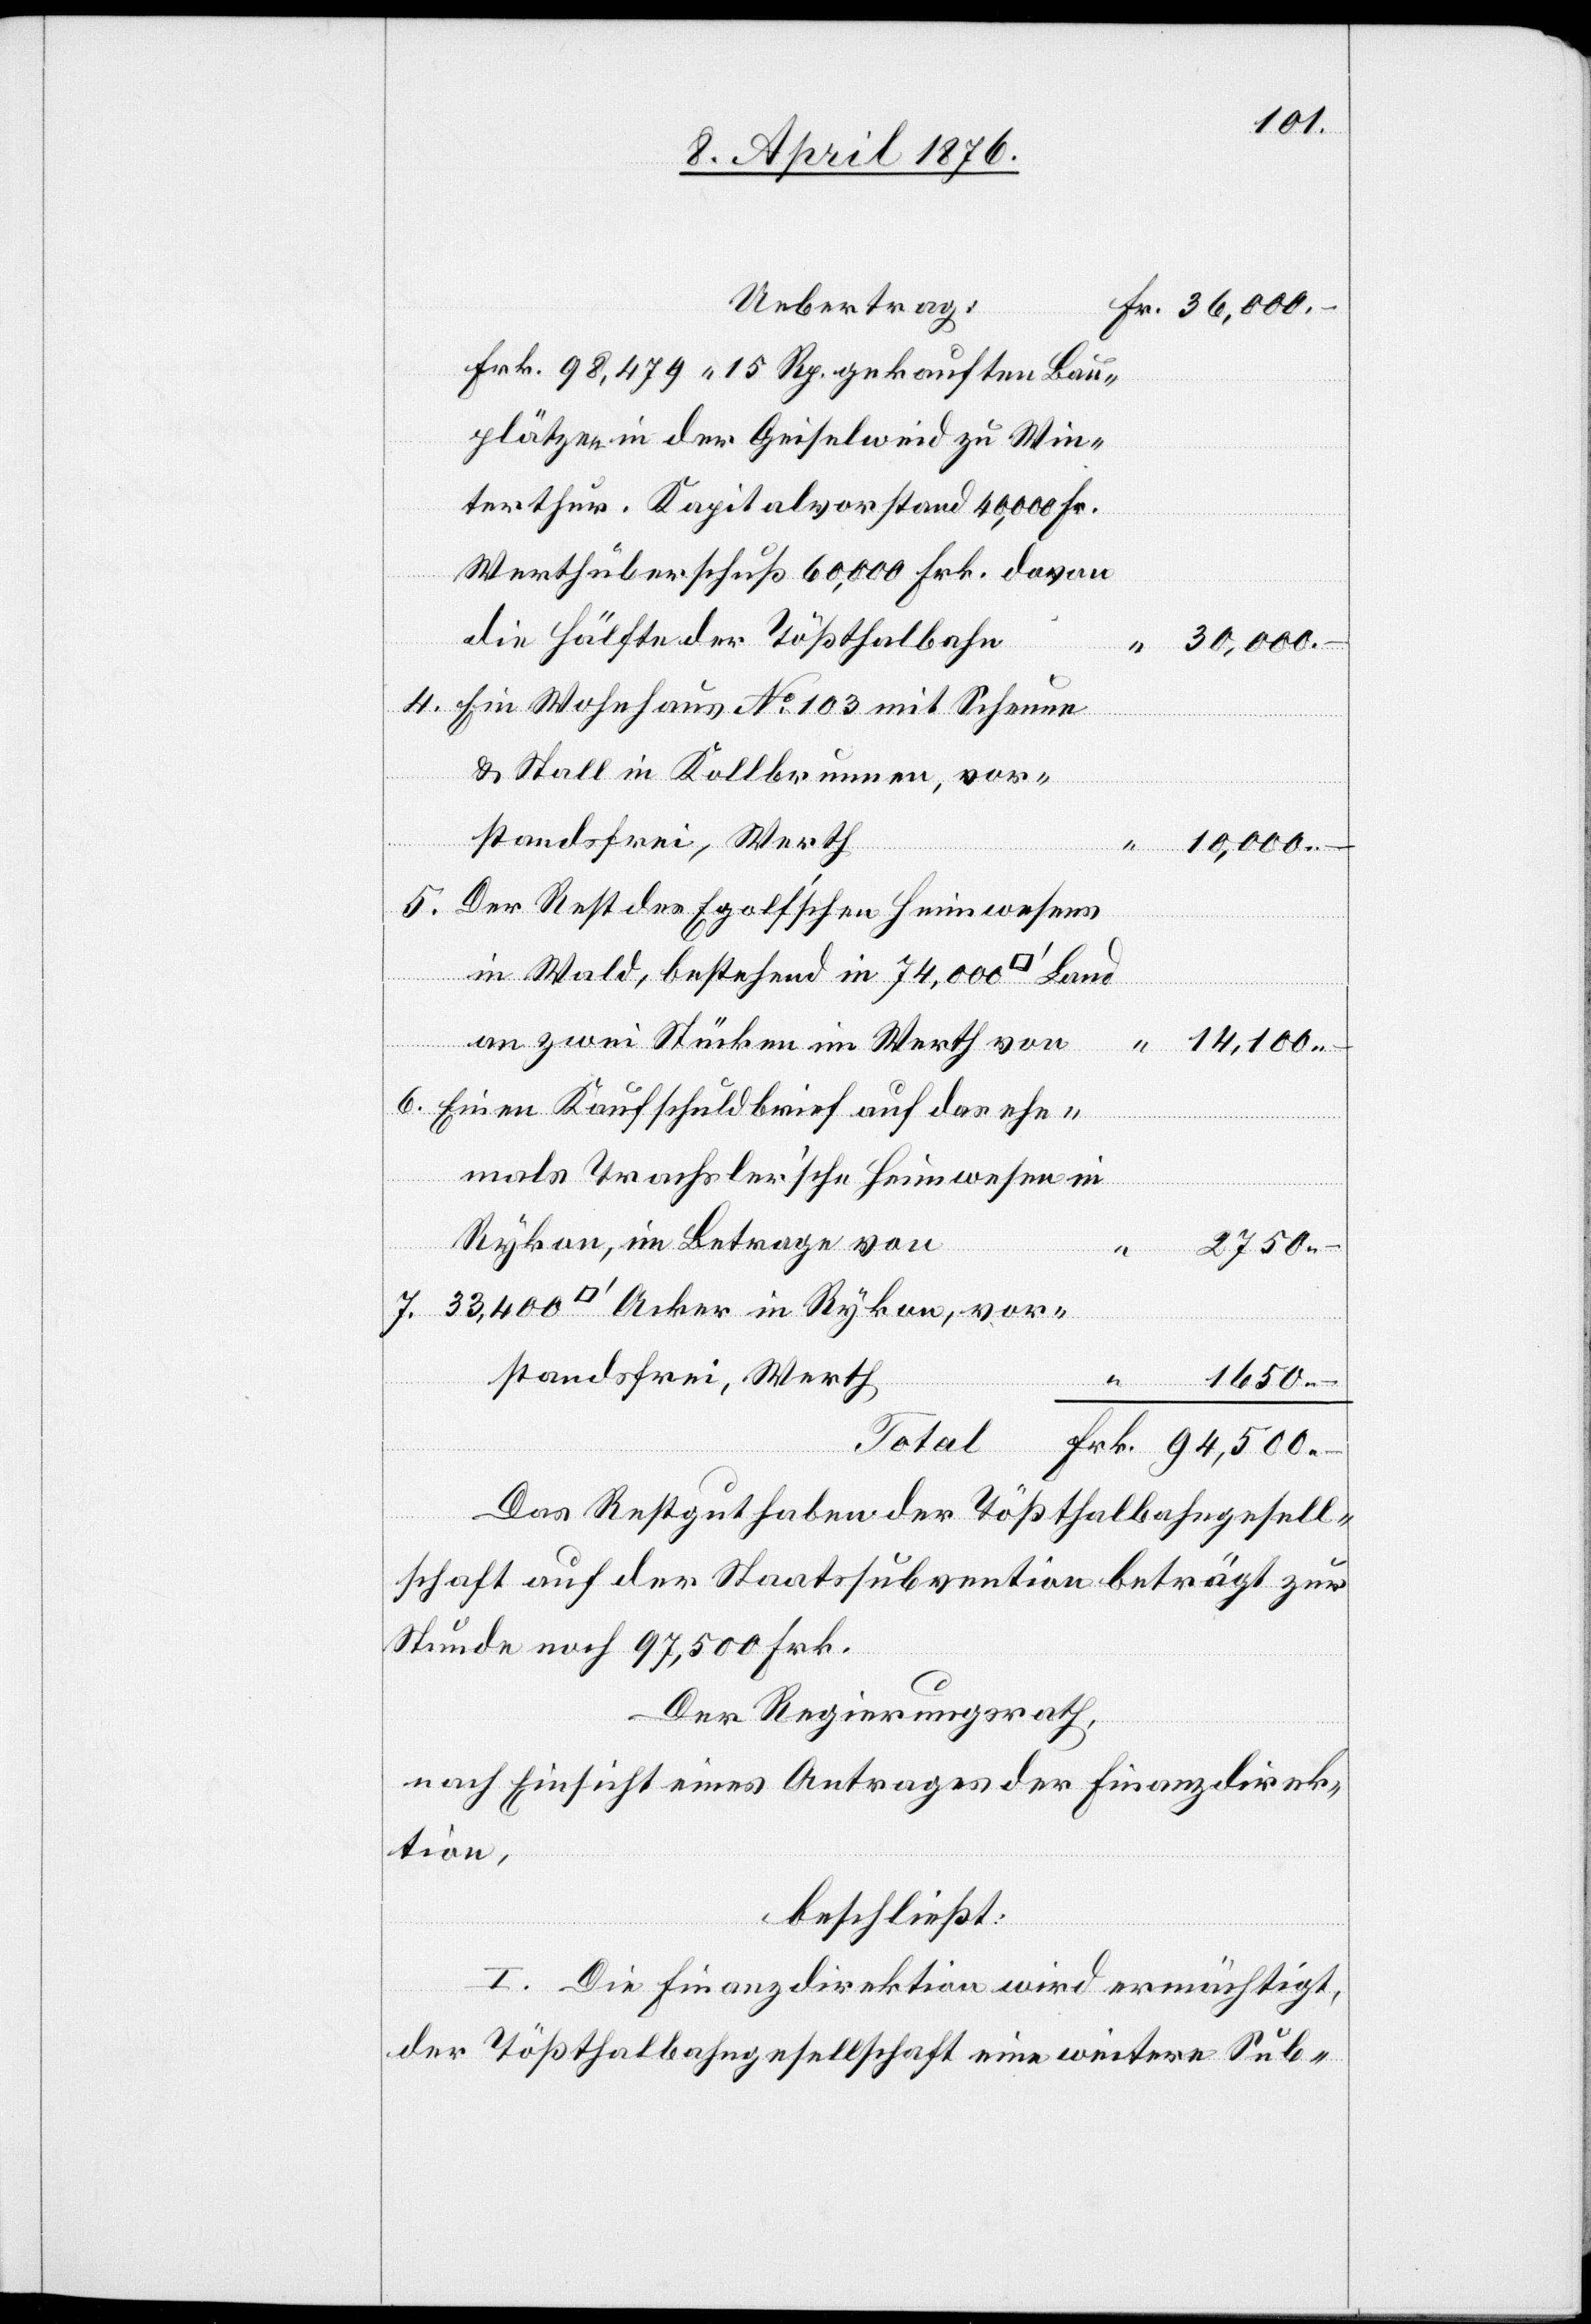
Uebertrag:
Fr. 98,479 15 Rp. gekauften Bau¬
plätze in der Geiselweid zu Win¬
terthur. Kapitalvorstand 40,000 Fr.
Werthüberschuß 60,000 Frk. davon
die Hälfte der Tößthalbahn
30,000.–
Ein Wohnhaus No 103 mit Scheune
& Stall in Kollbrunnen, vor¬
standsfrei, Werth
in
10,000.–
Der Rest des Egolf’schen Heimwesens
in Wald, bestehend in 74,000 Quadrat¬
an zwei Stücken im Werth von
14,100.–
Einen Kaufschuldbrief auf das ehe¬
mals Trachsler’sche Heimwesen in
Rykon, im Betrage von
Fr¬
rstandsfrei, Werth
“
1650.–
Total
k.
Das Restguthaben der Tößthalbahngesell¬
schaft auf der Staatssubvention beträgt zur
Stunde noch 97,500 Frk.
5.
Der Regierungsrath,
nach Einsicht eines Antrages der Finanzdirek¬
tion,
beschließt:
I. Die Finanzdirektion wird ermächtigt,
der Tößthalbahngesellschaft eine weitere Sub-